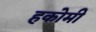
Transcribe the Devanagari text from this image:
हकोमी